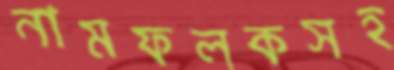
নামফলকসহ